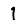
Digit: 1